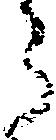
う